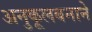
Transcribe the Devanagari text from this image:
अनुकूलबनाने